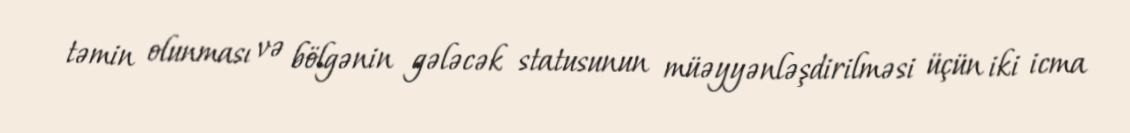
təmin olunması və bölgənin gələcək statusunun müəyyənləşdirilməsi üçün iki icma